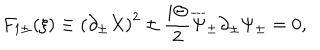
F _ { 1 \pm } ( \xi ) \equiv \left( \partial _ { \pm } X \right) ^ { 2 } \pm { \frac { i \Theta } { 2 } } \overline { { \Psi } } _ { \pm } \partial _ { \pm } \Psi _ { \pm } = 0 ,